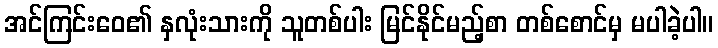
အင်ကြင်းဝေ၏ နှလုံးသားကို သူတစ်ပါး မြင်နိုင်မည့်စာ တစ်စောင်မှ မပါခဲ့ပါ။